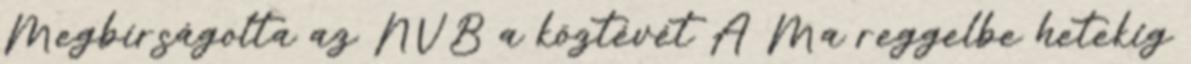
Megbírságolta az NVB a köztévét A Ma reggelbe hetekig